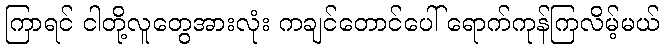
ကြာရင် ငါတို့လူတွေအားလုံး ကချင်တောင်ပေါ် ရောက်ကုန်ကြလိမ့်မယ်